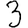
Digit: 3